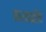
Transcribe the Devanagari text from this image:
करबळीचे